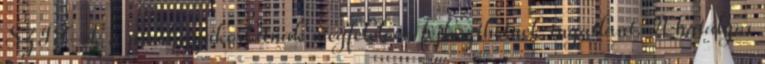
SZIT-ek a piaci gyakorlatnak megfelelően fejleszthetnek ingatlant. A hatályos